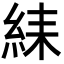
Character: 䋘